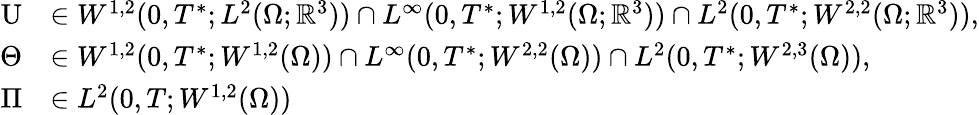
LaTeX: \begin{array}{rl}{\textbf{\textup{U}}}&{\in W^{1,2}(0,T^{*};L^{2}(\Omega;\mathbb{R}^{3}))\cap L^{\infty}(0,T^{*};W^{1,2}(\Omega;\mathbb{R}^{3}))\cap L^{2}(0,T^{*};W^{2,2}(\Omega;\mathbb{R}^{3})),}\\ {\Theta}&{\in W^{1,2}(0,T^{*};W^{1,2}(\Omega))\cap L^{\infty}(0,T^{*};W^{2,2}(\Omega))\cap L^{2}(0,T^{*};W^{2,3}(\Omega)),}\\ {\Pi}&{\in L^{2}(0,T;W^{1,2}(\Omega))}\end{array}